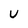
Character: U